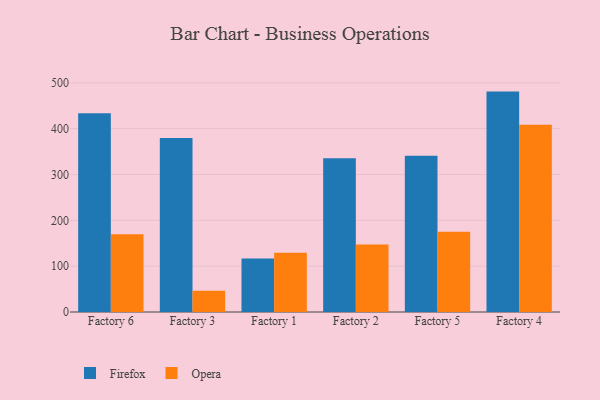
{"axis": {"x": "Factory", "y": "Humidity (%)"}, "legend": ["Firefox", "Opera"], "data": [{"x": "Factory 6", "y": 433.4, "type": "Firefox"}, {"x": "Factory 6", "y": 169.8, "type": "Opera"}, {"x": "Factory 3", "y": 379.8, "type": "Firefox"}, {"x": "Factory 3", "y": 46.6, "type": "Opera"}, {"x": "Factory 1", "y": 116.6, "type": "Firefox"}, {"x": "Factory 1", "y": 129.5, "type": "Opera"}, {"x": "Factory 2", "y": 335.2, "type": "Firefox"}, {"x": "Factory 2", "y": 147.0, "type": "Opera"}, {"x": "Factory 5", "y": 341.0, "type": "Firefox"}, {"x": "Factory 5", "y": 175.1, "type": "Opera"}, {"x": "Factory 4", "y": 480.8, "type": "Firefox"}, {"x": "Factory 4", "y": 408.3, "type": "Opera"}]}